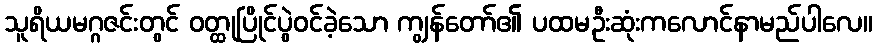
သူရိယမဂ္ဂဇင်းတွင် ဝတ္ထုပြိုင်ပွဲဝင်ခဲ့သော ကျွန်တော်၏ ပထမဦးဆုံးကလောင်နာမည်ပါလေ။